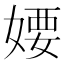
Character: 婹